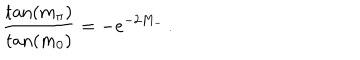
\frac { \tan ( m _ { \pi } ) } { \tan ( m _ { 0 } ) } = - e ^ { - 2 M _ { - } } \, .